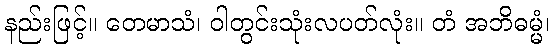
နည်းဖြင့်။ တေမာသံ၊ ဝါတွင်းသုံးလပတ်လုံး။ တံ အဘိဓမ္မံ၊